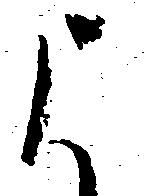
よ